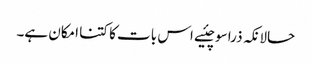
حالانکہ ذرا سوچئیے اس بات کا کتنا امکان ہے۔